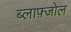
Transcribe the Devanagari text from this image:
ब्लाफ़्जोल